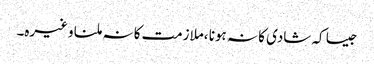
جیسا کہ شادی کا نہ ہونا ،ملازمت کا نہ ملنا وغیرہ۔